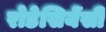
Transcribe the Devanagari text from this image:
रोडेसियेंसी